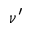
\nu ^ { \prime }